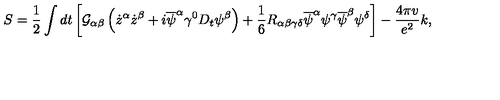
S = \frac { 1 } { 2 } \int d t \left[ { \cal G } _ { \alpha \beta } \left( { \dot { z } } ^ { \alpha } { \dot { z } } ^ { \beta } + i { \overline { \psi } } ^ { \alpha } \gamma ^ { 0 } D _ { t } \psi ^ { \beta } \right) + \frac { 1 } { 6 } R _ { \alpha \beta \gamma \delta } { \overline { \psi } } ^ { \alpha } \psi ^ { \gamma } { \overline { \psi } } ^ { \beta } \psi ^ { \delta } \right] - \frac { 4 \pi v } { e ^ { 2 } } k ,